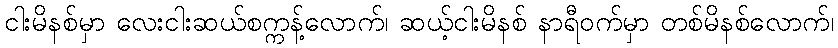
ငါးမိနစ်မှာ လေးငါးဆယ်စက္ကန့်လောက်၊ ဆယ့်ငါးမိနစ် နာရီဝက်မှာ တစ်မိနစ်လောက်၊